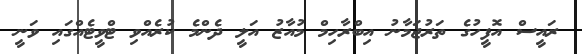
ރައީސް އޮފީހުގެ ތަރުޖަމާނު އިބްރާހިމް މުއާޒު އަލީ ދެންމެ ކުރެއްވި ޓްވީޓެއްގައި ވަނީ